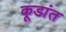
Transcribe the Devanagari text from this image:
कूडांत